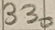
Text: 330